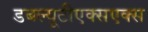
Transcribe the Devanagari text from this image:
डबल्यूटीएक्सएक्स